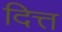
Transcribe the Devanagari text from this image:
दित्त